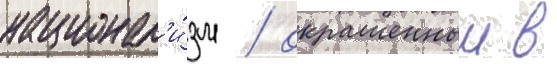
национал'и́зм / окрашенныи в